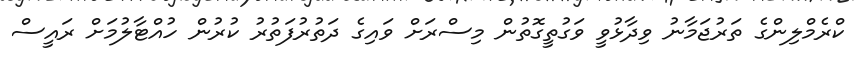
ކްރެމްލިންގެ ތަރުޖަމާނު ވިދާޅުވީ ވަގުތީގޮތުން މިސްރަށް ވައިގެ ދަތުރުފަތުރު ކުރުން ހުއްޓާލުމަށް ރައީސް